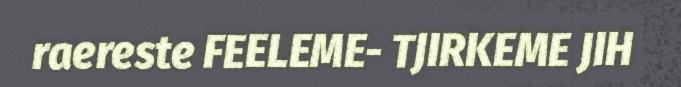
raereste FEELEME- TJIRKEME JIH